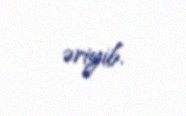
əriyib.